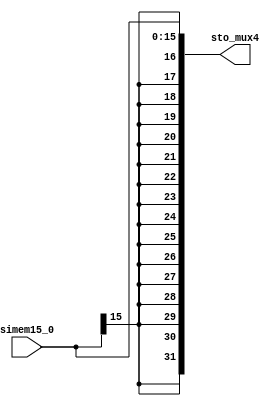
`timescale 1ns / 1ps
//////////////////////////////////////////////////////////////////////////////////
// Company: 
// Engineer: 
// 
// Design Name: 
// Module Name: S_Ext16
// Project Name: 
// Target Devices: 
// Tool Versions: 
// Description: 
// 
// Dependencies: 
// 
// Revision:
// Revision 0.01 - File Created
// Additional Comments:
// 
//////////////////////////////////////////////////////////////////////////////////



module S_Ext16(
    input [15 : 0] simem15_0,
    output [31 : 0] sto_mux4
    );
    assign sto_mux4 = {{(16){simem15_0[15]}}, simem15_0};
endmodule